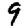
Digit: 9